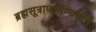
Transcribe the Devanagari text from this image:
ब्रह्मसूत्राणभाण्यवृत्ति